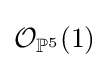
{\mathcal {O}}_{\mathbb {P} ^{5}}(1)